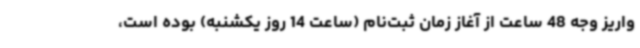
واریز وجه 48 ساعت از آغاز زمان ثبت‌نام (ساعت 14 روز یکشنبه) بوده است،